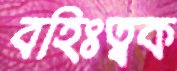
বহিঃত্বক